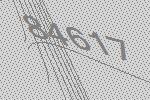
84617